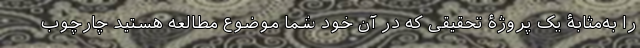
را به‌مثابۀ یک پروژۀ تحقیقی که در آن خود شما موضوع مطالعه هستید چارچوب